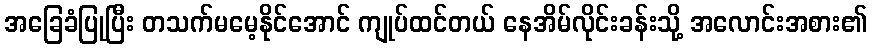
အခြေခံပြုပြီး တသက်မမေ့နိုင်အောင် ကျုပ်ထင်တယ် နေအိမ်လိုင်းခန်းသို့ အလောင်းအစား၏